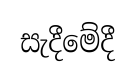
සැදීමේදී